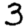
Digit: 3